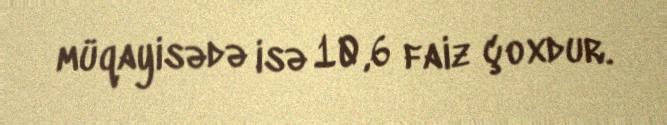
müqayisədə isə 10,6 faiz çoxdur.